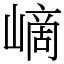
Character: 㠃